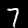
Digit: 7